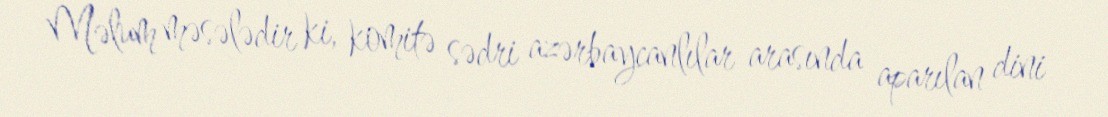
Məlum məsələdir ki, komitə sədri azərbaycanlılar arasında aparılan dini